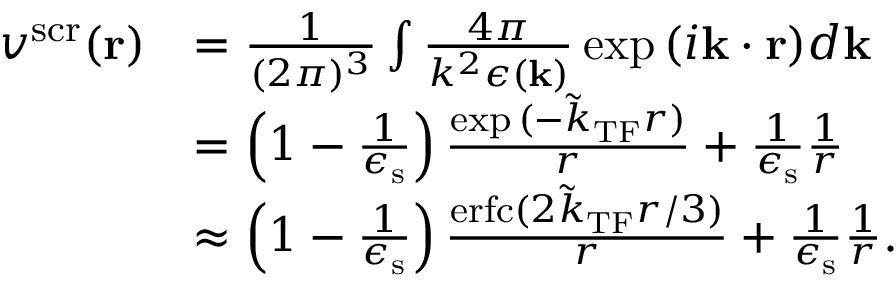
\begin{array} { r l } { v ^ { \mathrm { s c r } } ( \mathbf { r } ) } & { = \frac { 1 } { ( 2 \pi ) ^ { 3 } } \int \frac { 4 \pi } { k ^ { 2 } \epsilon ( \mathbf { k } ) } \exp { ( i \mathbf { k } \cdot \mathbf { r } ) } d \mathbf { k } } \\ & { = \left( 1 - \frac { 1 } { \epsilon _ { \mathrm { s } } } \right) \frac { \exp { ( - \tilde { k } _ { \mathrm { T F } } r ) } } { r } + \frac { 1 } { \epsilon _ { \mathrm { s } } } \frac { 1 } { r } } \\ & { \approx \left( 1 - \frac { 1 } { \epsilon _ { \mathrm { s } } } \right) \frac { \mathrm { e r f c } ( 2 \tilde { k } _ { \mathrm { T F } } r / 3 ) } { r } + \frac { 1 } { \epsilon _ { \mathrm { s } } } \frac { 1 } { r } . } \end{array}